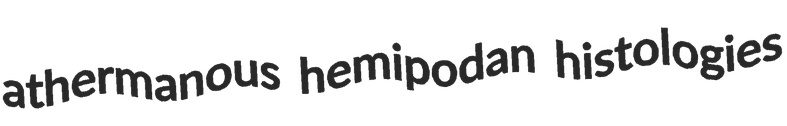
athermanous hemipodan histologies